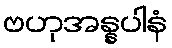
ဗဟုအန္နပါနံ